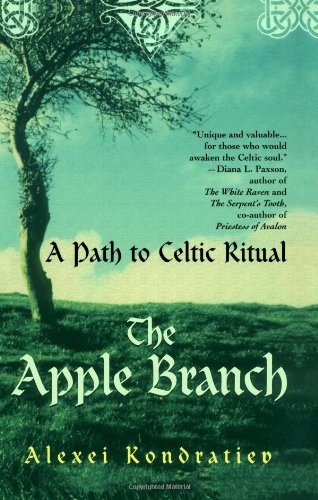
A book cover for The Apple Branch: A Path to Celtic Ritual; Alexei Kondratiev; Religion & Spirituality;